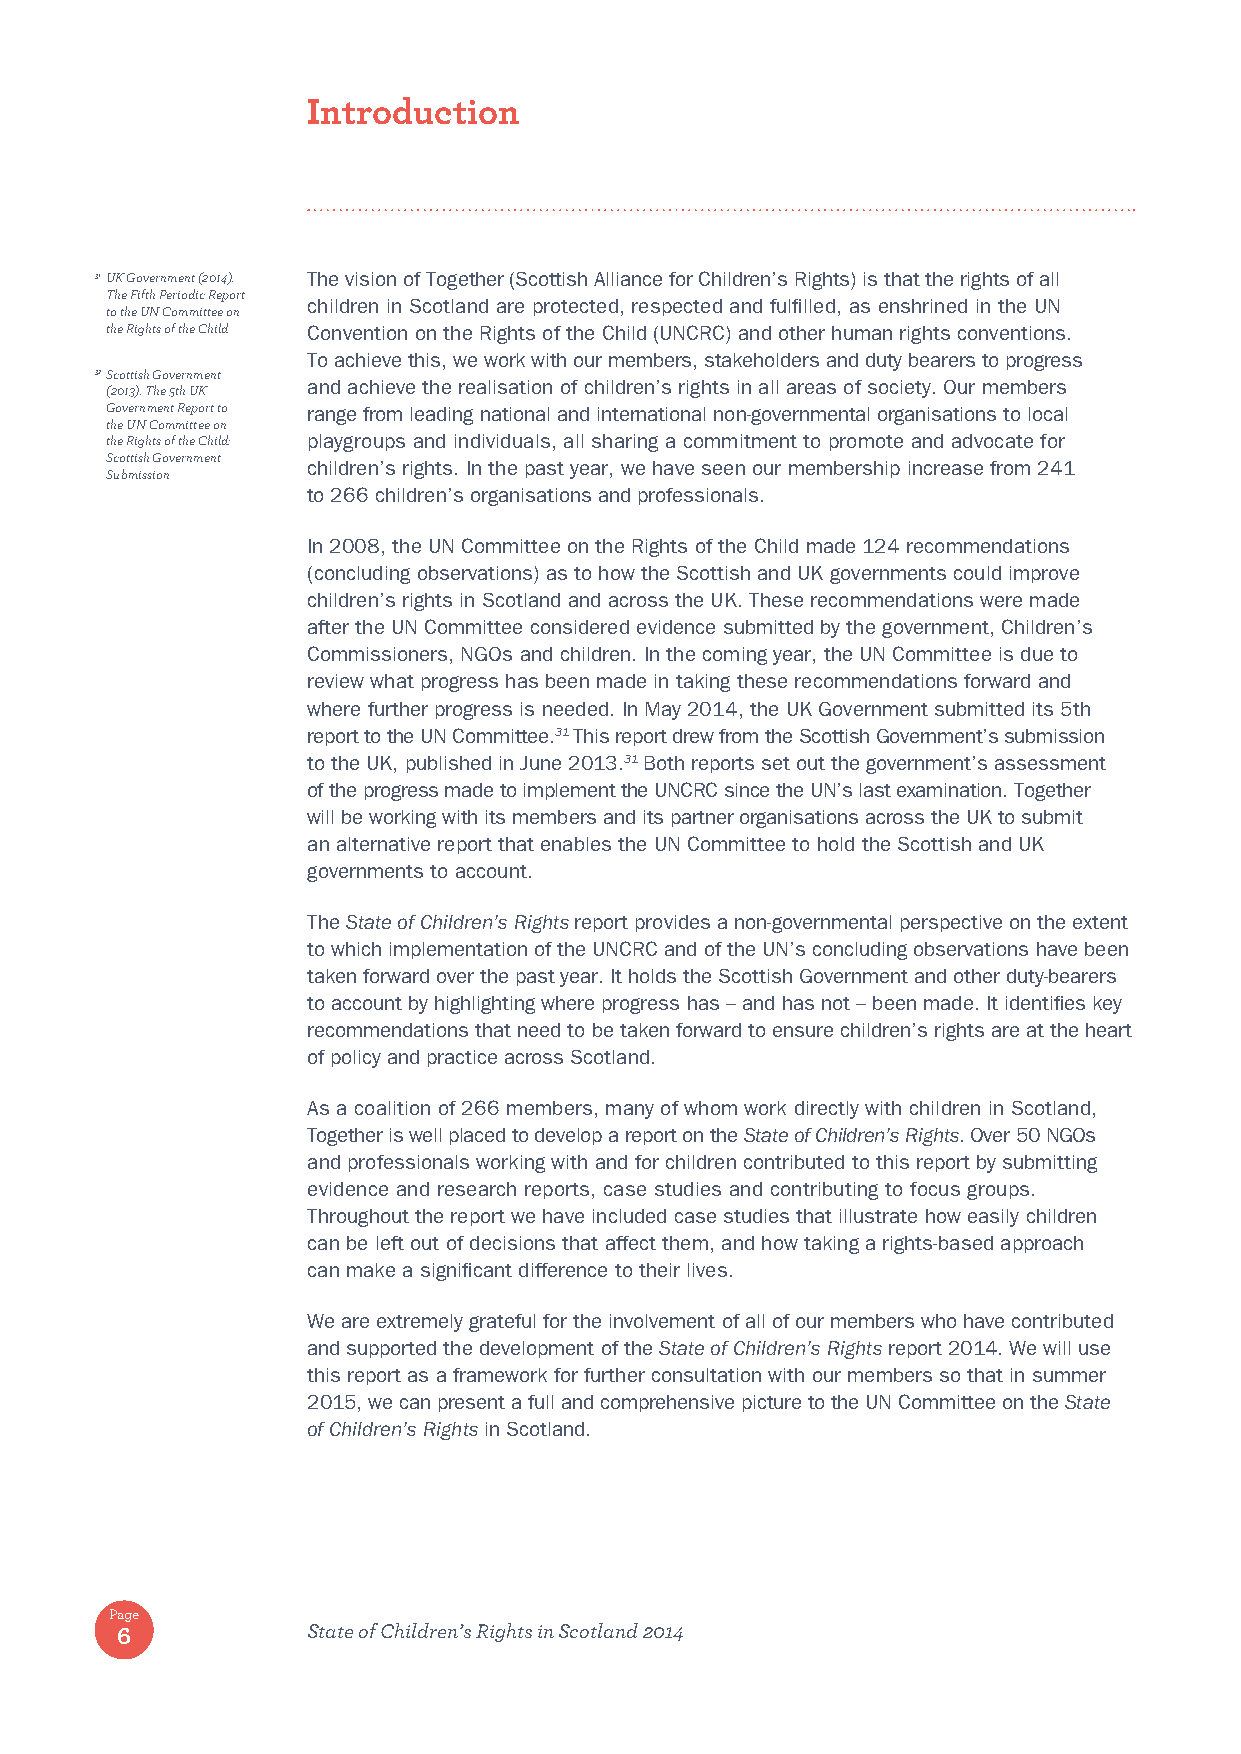
Introduction
 31 UK Government (2014). The vision of Together (Scottish Alliance for Children’s Rights) is that the rights of all
 The Fifth Periodic Report
 children in Scotland are protected, respected and fulfilled, as enshrined in the UN
 to the UN Committee on
 the Rights of the Child Convention on the Rights of the Child (UNCRC) and other human rights conventions.
 To achieve this, we work with our members, stakeholders and duty bearers to progress
 32 Scottish Government
 and achieve the realisation of children’s rights in all areas of society. Our members
 (2013). The 5th UK
 Government Report to range from leading national and international non-governmental organisations to local
 the UN Committee on
 the Rights of the Child: playgroups and individuals, all sharing a commitment to promote and advocate for
 Scottish Government
 children’s rights. In the past year, we have seen our membership increase from 241
 Submission
 to 266 children’s organisations and professionals.
 In 2008, the UN Committee on the Rights of the Child made 124 recommendations
 (concluding observations) as to how the Scottish and UK governments could improve
 children’s rights in Scotland and across the UK. These recommendations were made
 after the UN Committee considered evidence submitted by the government, Children’s
 Commissioners, NGOs and children. In the coming year, the UN Committee is due to
 review what progress has been made in taking these recommendations forward and
 where further progress is needed. In May 2014, the UK Government submitted its 5th
 report to the UN Committee.31 This report drew from the Scottish Government’s submission
 to the UK, published in June 2013.31 Both reports set out the government’s assessment
 of the progress made to implement the UNCRC since the UN’s last examination. Together
 will be working with its members and its partner organisations across the UK to submit
 an alternative report that enables the UN Committee to hold the Scottish and UK
 governments to account.
 The State of Children’s Rights report provides a non-governmental perspective on the extent
 to which implementation of the UNCRC and of the UN’s concluding observations have been
 taken forward over the past year. It holds the Scottish Government and other duty-bearers
 to account by highlighting where progress has – and has not – been made. It identifies key
 recommendations that need to be taken forward to ensure children’s rights are at the heart
 of policy and practice across Scotland.
 As a coalition of 266 members, many of whom work directly with children in Scotland,
 Together is well placed to develop a report on the State of Children’s Rights. Over 50 NGOs
 and professionals working with and for children contributed to this report by submitting
 evidence and research reports, case studies and contributing to focus groups.
 Throughout the report we have included case studies that illustrate how easily children
 can be left out of decisions that affect them, and how taking a rights-based approach
 can make a significant difference to their lives.
 We are extremely grateful for the involvement of all of our members who have contributed
 and supported the development of the State of Children’s Rights report 2014. We will use
 this report as a framework for further consultation with our members so that in summer
 2015, we can present a full and comprehensive picture to the UN Committee on the State
 of Children’s Rights in Scotland.
 Page
 6           State of Children’s Rights in Scotland 2014